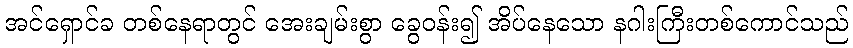
အင်ရှောင်ခ တစ်နေရာတွင် အေးချမ်းစွာ ခွေဝန်း၍ အိပ်နေသော နဂါးကြီးတစ်ကောင်သည်